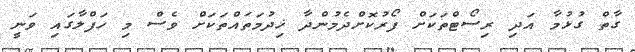
ގާތް ގުޅުމާ އަދި ރިސޯޓްތަކަށް ފޯރުކޮށްދެމުންދާ ޚިދުމަތައްތަކަށް ވެސް މި ހަފްލާގައި ވަނީ